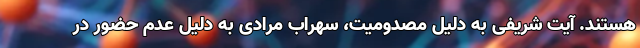
هستند. آیت شریفی به دلیل مصدومیت، سهراب مرادی به دلیل عدم حضور در